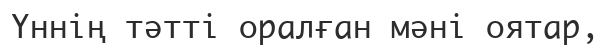
Үннің тәтті оралған мәні оятар,